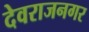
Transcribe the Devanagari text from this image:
देवराजनगर